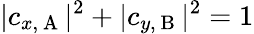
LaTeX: |c_{x,\mathrm{~A~}}|^{2}+|c_{y,\mathrm{~B~}}|^{2}=1